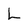
Character: L